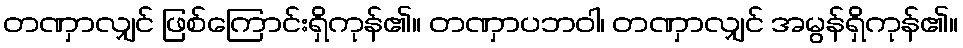
တဏှာလျှင် ဖြစ်ကြောင်းရှိကုန်၏။ တဏှာပဘဝါ၊ တဏှာလျှင် အမွန်ရှိကုန်၏။